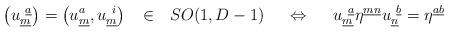
LaTeX: \begin{align*}\left(u^{~\underline{a}}_{\underline{m}}\right) =\left(u^{a}_{\underline{m}}, u^{~i}_{\underline{m}}\right) ~~ \in ~~ SO(1,D-1)~~~~\Leftrightarrow ~~~~u^{~\underline{a}}_{\underline{m}} \eta^{\underline{m}\underline{n}}u^{~\underline{b}}_{\underline{n}} = \eta^{\underline{a}\underline{b}}\end{align*}